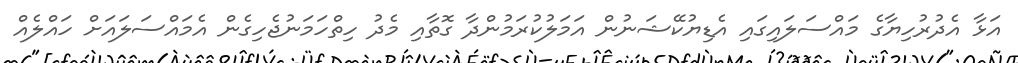
އަޅާ އެދުރުހިޔާގެ މައްސަލައިގައި އެޑިޔުކޭޝަނުން އަމަލުކުރަމުންދާ ގޮތާއި މެދު ހިތްހަމަނުޖެހިގެން އެމައްސަލައަށް ހައްލެއް